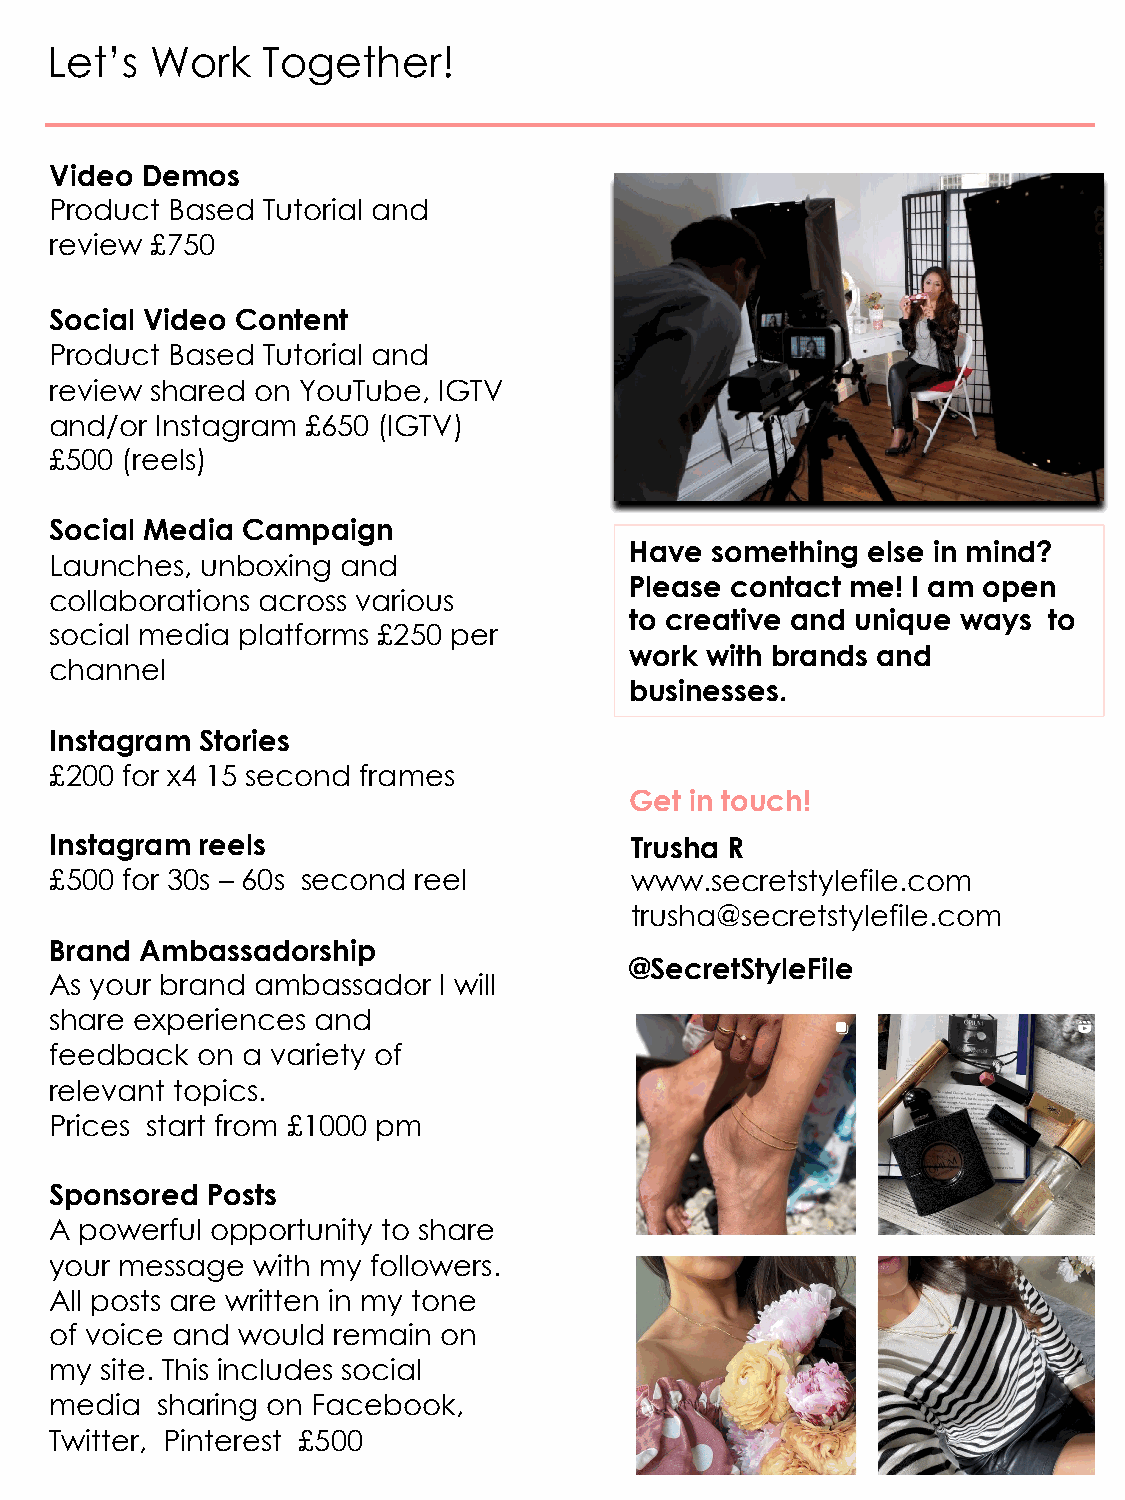
Let’s  Work   Together!
 Video Demos
 Product Based Tutorial and
 review £750
 Social Video Content
 Product Based Tutorial and
 review shared on YouTube, IGTV
 and/or Instagram £650 (IGTV)
 £500 (reels)
 Social Media Campaign
 Have something else in mind?
 Launches, unboxing  and
 Please contact me! I am open
 collaborations across various
 to creative and unique ways to
 social media platforms £250 per
 work with brands and
 channel
 businesses.
 Instagram Stories
 £200 for x4 15 second frames
 Get in touch!
 Instagram reels                        Trusha R
 £500 for 30s – 60s second reel         www.secretstylefile.com
 trusha@secretstylefile.com
 Brand Ambassadorship
 @SecretStyleFile
 As your brand ambassador  I will
 share experiences and
 feedback  on a variety of
 relevant topics.
 Prices start from £1000 pm
 Sponsored  Posts
 A powerful opportunity to share
 your message  with my followers.
 All posts are written in my tone
 of voice and would remain on
 my  site. This includes social
 media  sharing on Facebook,
 Twitter, Pinterest £500